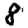
Digit: 8